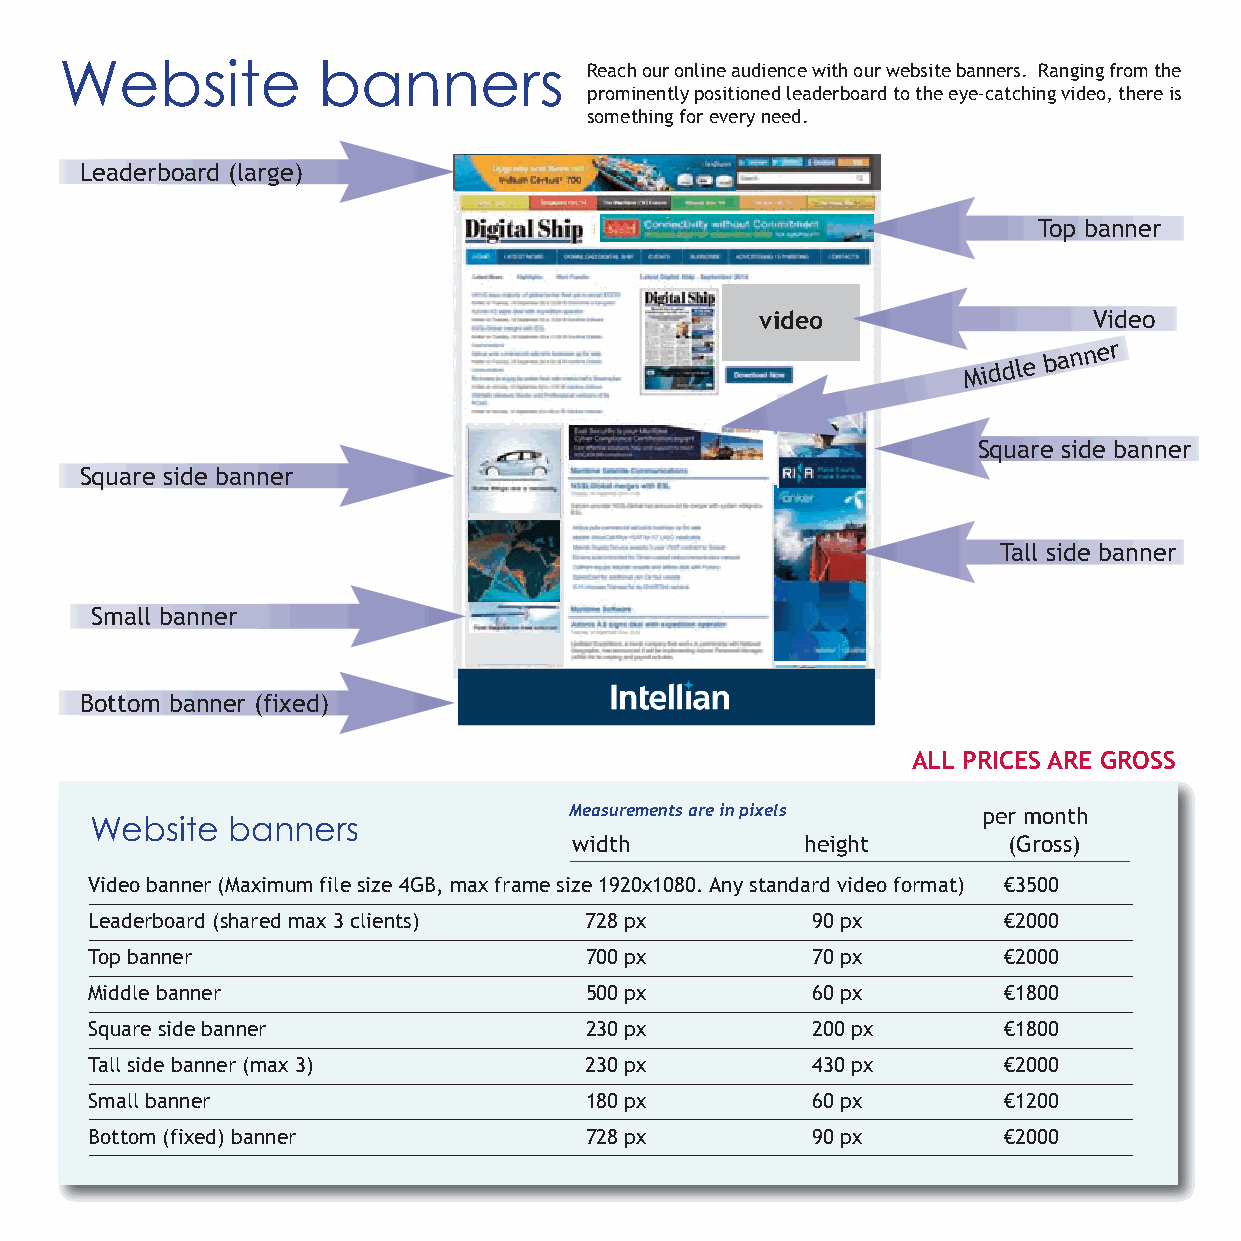
Website          banners           Reach our online audience with our website banners. Ranging from the
 prominently positioned leaderboard to the eye-catching video, there is
 something for every need.
 Leaderboard (large)
 Top banner
 video                 Video
 Middle
 banner
 Square side banner
 Square side banner
 Tall side banner
 Small banner
 Bottom banner (fixed)
 ALL PRICES ARE GROSS
 Measurements are in pixels
 per month
 Website  banners
 width          height        (Gross)
 Video banner (Maximum file size 4GB, max frame size 1920x1080. Any standard video format) €3500
 Leaderboard (shared max 3 clients) 728 px       90 px       €2000
 Top banner                       700 px         70 px       €2000
 Middle banner                    500 px         60 px       €1800
 Square side banner               230 px         200 px      €1800
 Tall side banner (max 3)         230 px         430 px      €2000
 Small banner                     180 px         60 px       €1200
 Bottom (fixed) banner            728 px         90 px       €2000